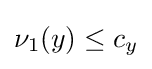
\nu _{1}(y)\leq c_{y}